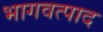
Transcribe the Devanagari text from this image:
भागवत्पाद